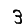
Digit: 3